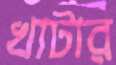
খাটার